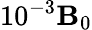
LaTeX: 10^{-3}\mathbf{B}_{0}